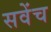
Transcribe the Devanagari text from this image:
सवेंच